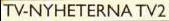
TV-NYHETERNA TV2